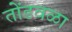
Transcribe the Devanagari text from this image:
तोंडवळा